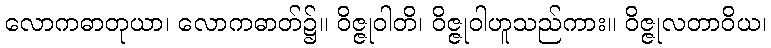
လောကဓာတုယာ၊ လောကဓာတ်၌။ ဝိဇ္ဇုဝါတိ၊ ဝိဇ္ဇုဝါဟူသည်ကား။ ဝိဇ္ဇုလတာဝိယ၊